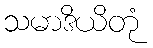
သမာဒိယိတုံ